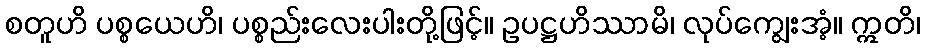
စတူဟိ ပစ္စယေဟိ၊ ပစ္စည်းလေးပါးတို့ဖြင့်။ ဥပဋ္ဌဟိဿာမိ၊ လုပ်ကျွေးအံ့။ ဣတိ၊